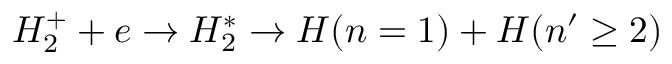
H _ { 2 } ^ { + } + e \rightarrow H _ { 2 } ^ { * } \rightarrow H ( n = 1 ) + H ( n ^ { \prime } \geq 2 )